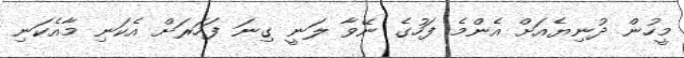
މީހުން ދުނިޔެއަށް އެންމެ ފަހުގެ ނޭވާ ލަނީ ގިނަ ފަހަރަށް އެކަނި މާއެކަނި